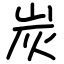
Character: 炭